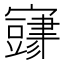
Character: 𫴜